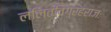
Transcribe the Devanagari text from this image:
ललितविग्रहराजः